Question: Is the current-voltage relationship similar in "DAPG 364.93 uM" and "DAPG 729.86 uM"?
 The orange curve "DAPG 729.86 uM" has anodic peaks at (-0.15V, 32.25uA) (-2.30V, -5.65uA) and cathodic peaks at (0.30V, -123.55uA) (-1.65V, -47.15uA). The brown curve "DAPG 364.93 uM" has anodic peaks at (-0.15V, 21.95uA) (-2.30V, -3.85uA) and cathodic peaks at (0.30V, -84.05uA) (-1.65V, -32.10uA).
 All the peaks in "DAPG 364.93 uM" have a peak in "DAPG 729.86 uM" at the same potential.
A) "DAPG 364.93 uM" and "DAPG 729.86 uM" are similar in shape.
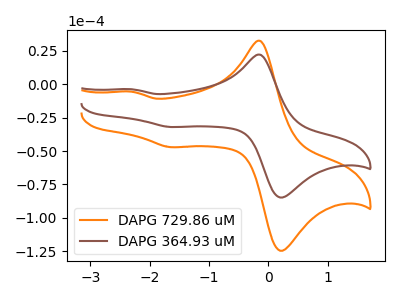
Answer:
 <answer>A) "DAPG 364.93 uM" and "DAPG 729.86 uM" are similar in shape.</answer>
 <eval>A</eval>